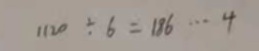
1 1 2 0 \div 6 = 1 8 6 \cdots 4